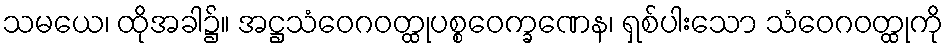
သမယေ၊ ထိုအခါ၌။ အဋ္ဌသံဝေဂဝတ္ထုပစ္စဝေက္ခဏေန၊ ရှစ်ပါးသော သံဝေဂဝတ္ထုကို